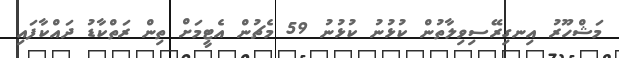
މަޝްހޫރު އިނގިރޭސިވިލާތުން ކުޅުނު ކުޅުނު 59 މެޗުން އެޓީމަށް ތިން ރަތްކާޑު ދައްކާފައި